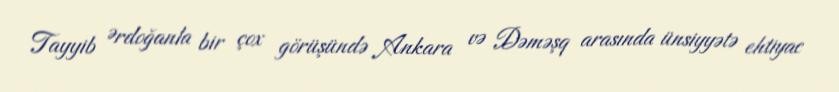
Tayyib Ərdoğanla bir çox görüşündə Ankara və Dəməşq arasında ünsiyyətə ehtiyac